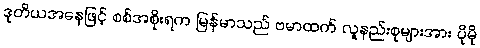
ဒုတိယအနေဖြင့် စစ်အစိုးရက မြန်မာသည် ဗမာထက် လူနည်းစုများအား ပိုမို